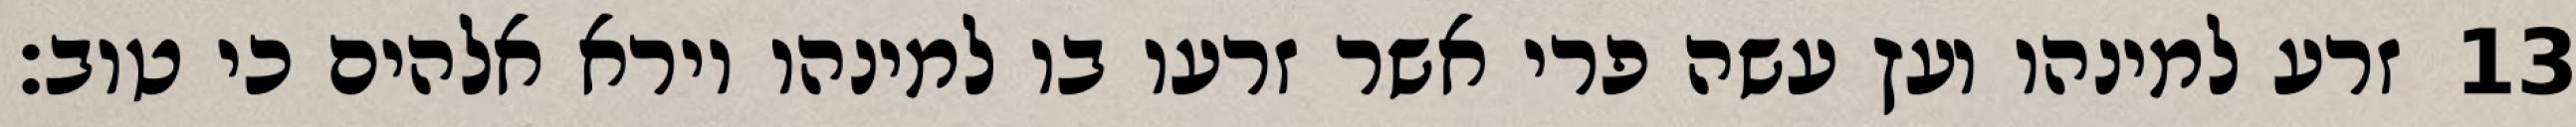
זרע למינהו ועץ עשה פרי אשר זרעו בו למינהו וירא אלהים כי טוב׃ ‎13‏